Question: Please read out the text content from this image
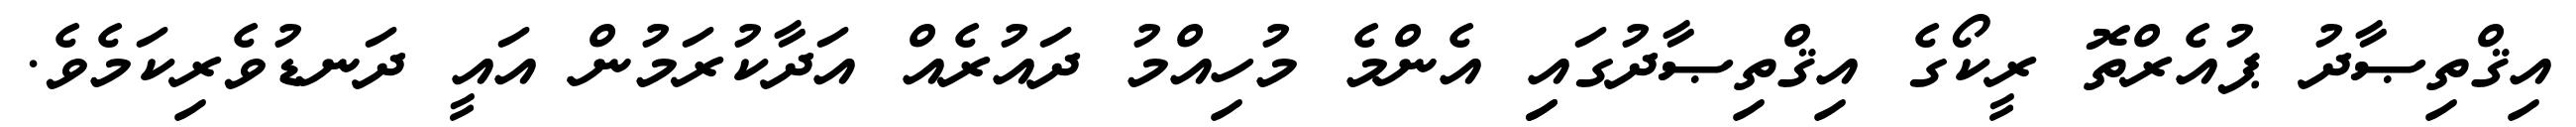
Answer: އިޤްތިޞާދު ޕުއެރްތޮ ރީކޯގެ އިޤްތިޞާދުގައިި އެންމެ މުހިއްމު ދައުރެއް އަދާކުރަމުން އައީ ދަނޑުވެރިކަމެވެ.